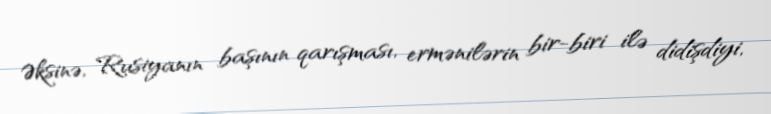
Əksinə, Rusiyanın başının qarışması, ermənilərin bir-biri ilə didişdiyi,